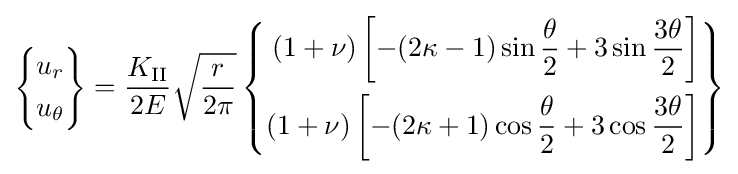
\left\{{\begin{aligned}u_{r}\\u_{\theta }\end{aligned}}\right\}={\frac {K_{\rm {II}}}{2E}}{\sqrt {\frac {r}{2\pi }}}\left\{{\begin{aligned}(1+\nu )\left[-(2\kappa -1)\sin {\frac {\theta }{2}}+3\sin {\frac {3\theta }{2}}\right]\\(1+\nu )\left[-(2\kappa +1)\cos {\frac {\theta }{2}}+3\cos {\frac {3\theta }{2}}\right]\end{aligned}}\right\}